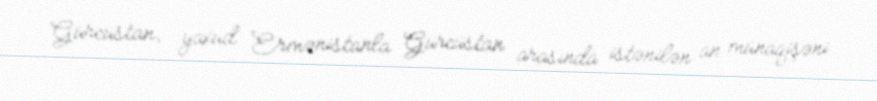
Gürcüstan, yaxud Ermənistanla Gürcüstan arasında istənilən an münaqişəni